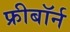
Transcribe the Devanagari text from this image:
फ्रीबॉर्न